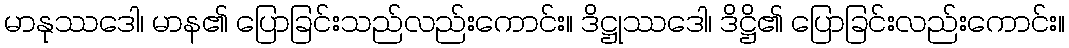
မာနုဿဒေါ၊ မာန၏ ပြောခြင်းသည်လည်းကောင်း။ ဒိဋ္ဌုဿဒေါ၊ ဒိဋ္ဌိ၏ ပြောခြင်းလည်းကောင်း။